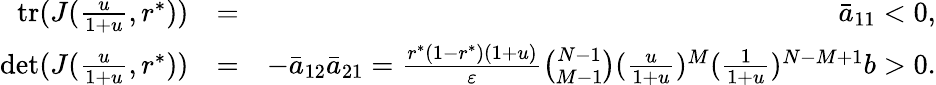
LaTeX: \begin{array}{rlr}{\mathrm{tr}(J(\frac{u}{1+u},r^{*}))}&{=}&{\bar{a}_{11}<0,}\\ {\mathrm{det}(J(\frac{u}{1+u},r^{*}))}&{=}&{-\bar{a}_{12}\bar{a}_{21}=\frac{r^{*}(1-r^{*})(1+u)}{\varepsilon}\binom{N-1}{M-1}(\frac{u}{1+u})^{M}(\frac{1}{1+u})^{N-M+1}b>0.}\end{array}